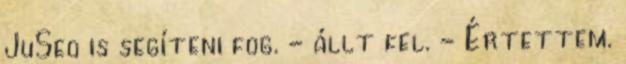
JuSeo is segíteni fog. - állt fel. - Értettem.